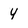
Character: 4